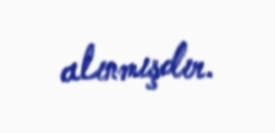
alınmışdır.